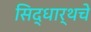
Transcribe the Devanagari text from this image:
सिद्धार्थचे